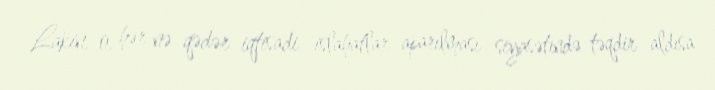
Lakin, o, hər nə qədər iqtisadi islahatlar aparılması siyasətində təqdir aldısa